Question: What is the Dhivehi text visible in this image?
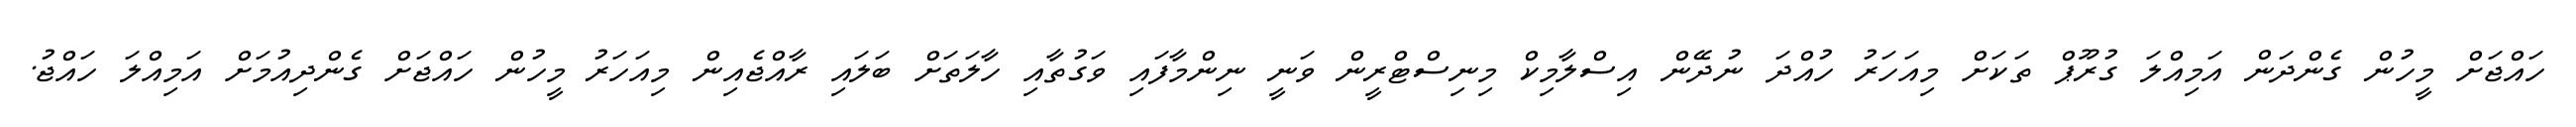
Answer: ހައްޖަށް މީހުން ގެންދަން އަމިއްލަ ގުރޫޕް ތަކަށް މިއަހަރު ހުއްދަ ނުދޭން އިސްލާމިކް މިނިސްޓްރީން ވަނީ ނިންމާފައި ވަގުތާއި ހާލަތަށް ބަލައި ރާއްޖެއިން މިއަހަރު މީހުން ހައްޖަށް ގެންދިއުމަށް އަމިއްލަ ހައްޖު.